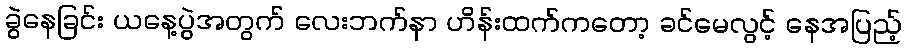
ခွဲနေခြင်း ယနေ့ပွဲအတွက် လေးဘက်နာ ဟိန်းထက်ကတော့ ခင်မေလွင့် နေအပြည့်